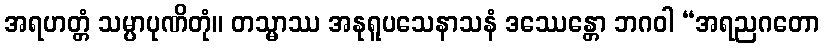
အရဟတ္တံ သမ္ပာပုဏိတုံ။ တသ္မာဿ အနုရူပသေနာသနံ ဒဿေန္တော ဘဂဝါ “အရညဂတော